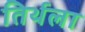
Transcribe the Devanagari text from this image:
तिर्थला